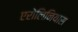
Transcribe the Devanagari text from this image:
एरोलिनियास